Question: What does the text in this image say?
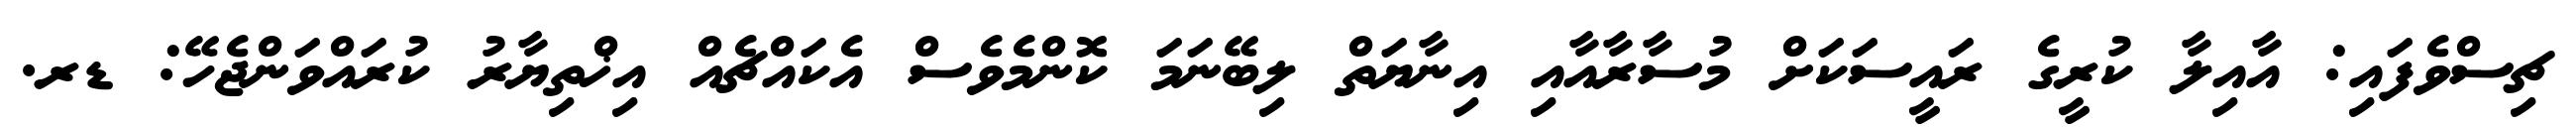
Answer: ޗިސްވެފައި: އާއިލާ ކުރީގެ ރައީސަކަށް މުސާރާއާއި އިނާޔަތް ލިބޭނަމަ ކޮންމެވެސް އެކައްޗެއް އިޚްތިޔާރު ކުރައްވަންޖެހޭ: ޑރ.